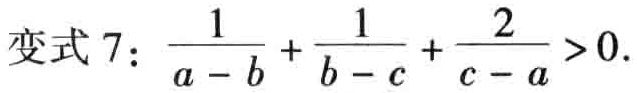
变式 7：\(\frac{1}{a - b} + \frac{1}{b - c} + \frac{2}{c - a} > 0\)